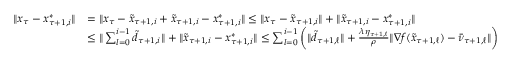
\begin{array} { r l } { \| x _ { \tau } - x _ { \tau + 1 , i } ^ { * } \| } & { = \| x _ { \tau } - \tilde { x } _ { \tau + 1 , i } + \tilde { x } _ { \tau + 1 , i } - x _ { \tau + 1 , i } ^ { * } \| \leq \| x _ { \tau } - \tilde { x } _ { \tau + 1 , i } \| + \| \tilde { x } _ { \tau + 1 , i } - x _ { \tau + 1 , i } ^ { * } \| } \\ & { \leq \| \sum _ { l = 0 } ^ { i - 1 } \tilde { d } _ { \tau + 1 , i } \| + \| \tilde { x } _ { \tau + 1 , i } - x _ { \tau + 1 , i } ^ { * } \| \leq \sum _ { l = 0 } ^ { i - 1 } \bigg ( \| \tilde { d } _ { \tau + 1 , \ell } \| + \frac { \lambda \eta _ { \tau + 1 , \ell } } { \rho } \| \nabla f ( \tilde { x } _ { \tau + 1 , \ell } ) - \bar { \nu } _ { \tau + 1 , \ell } \| \bigg ) } \end{array}